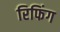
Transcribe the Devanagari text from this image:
रिफिंग